Civil Veterinary Dept. Bombay admin report 1900-1906 - 1900-1906
Year: 1900
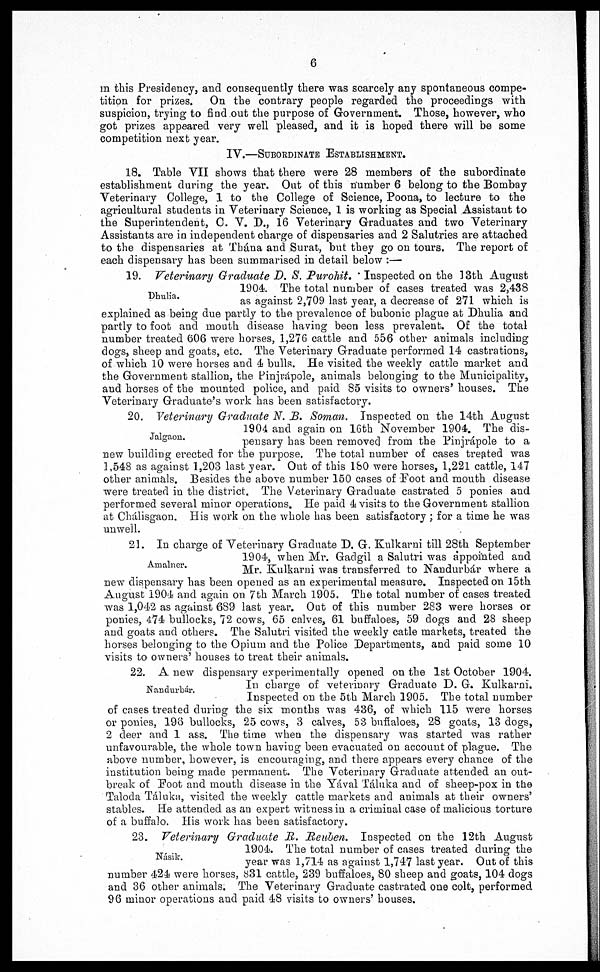
6
in this Presidency, and consequently there was scarcely any spontaneous compe-
tition for prizes. On the contrary people regarded the proceedings with
suspicion, trying to find out the purpose of Government. Those, however, who
got prizes appeared very well pleased, and it is hoped there will be some
competition next year.
IV.—SUBORDINATE
ESTABLISHMENT.
18. Table VII shows that there were 28 members of the subordinate
establishment during the year. Out of this number 6 belong to the Bombay
Veterinary College, 1 to the College of Science, Poona, to lecture to the
agricultural students in Veterinary Science, 1 is working as Special Assistant to
the Superintendent, C. V. D., 16 Veterinary Graduates and two Veterinary
Assistants are in independent charge of dispensaries and 2 Salutries are attached
to the dispensaries at Thána and Surat, but they go on tours. The report of
each dispensary has been summarised in detail below :—
Dhulia.
19. Veterinary Graduate D. S. Purohit. Inspected on the 13th August
1904. The total number of cases treated was 2,438
as against 2,709 last year, a decrease of 271 which is
explained as being due partly to the prevalence of bubonic plague at Dhulia and
partly to foot and mouth disease having been less prevalent. Of the total
number treated 606 were horses, 1,276 cattle and 556 other animals including
dogs, sheep and goats, etc. The Veterinary Graduate performed 14 castrations,
of which. 10 were horses and 4 bulls. He visited the weekly cattle market and
the Government stallion, the Pinjrápole, animals belonging to the Municipality,
and horses of the mounted police, and paid 85 visits to owners' houses. The
Veterinary Graduate's work has been satisfactory.
Jalgaon.
20. Veterinary Graduate N. B. Soman. Inspected on the 14th August
1904 and again on 16th November 1904. The dis-
pensary has been removed from the Pinjrápole to a
new building erected for the purpose. The total number of cases treated was
1,548 as against 1,203 last year. Out of this 180 were horses, 1,221 cattle, 147
other animals. Besides the above number 150 cases of Foot and mouth disease
were treated in the district. The Veterinary Graduate castrated 5 ponies and
performed several minor operations. He paid 4 visits to the Government stallion
at Chálisgaon. His work on the whole has been satisfactory; for a time he was
unwell.
Amalner.
21. In charge of Veterinary Graduate D. G. Kulkarni till 28th September
1904, when Mr. Gadgil a Salutri was appointed and
Mr. Kulkarni was transferred to Nandurbár where a
new dispensary has been opened as an experimental measure. Inspected on 15th
August 1904 and again on 7th March 1905. The total number of cases treated
was 1,042 as against 6S9 last year. Out of this number 283 were horses or
ponies, 474 bullocks, 72 cows, 65 calves, 61 buffaloes, 59 dogs and 28 sheep
and goats and others. The Salutri visited the weekly catle markets, treated the
horses belonging to the Opium and the Police Departments, and paid some 10
visits to owners' houses to treat their animals.
Nandurbár.
22. A new dispensary experimentally opened on the 1st October 1904.
In charge of veterinary Graduate D. G. Kulkarni.
Inspected on the 5th March 1905. The total number
of cases treated during the six months was 436, of which 115 were horses
or ponies, 196 bullocks, 25 cows, 3 calves, 53 buffaloes, 28 goats, 13 dogs,
2 deer and 1 ass. The time when the dispensary was started was rather
unfavourable, the whole town having been evacuated on account of plague. The
above number, however, is encouraging, and there appears every chance of the
institution being made permanent. The Veterinary Graduate attended an out-
break of Foot and mouth disease in the Yával Táluka and of sheep-pox in the
Taloda Táluka, visited the weekly cattle markets and animals at their owners'
stables. He attended as an expert witness in a criminal case of malicious torture
of a buffalo. His work has been satisfactory.
Násik.
23. Veterinary Graduate R. Reuben. Inspected on the 12th August
1904. The total number of cases treated during the
year was 1,714 as against 1,747 last year. Out of this
number 424 were horses, 831 cattle, 239 buffaloes, 80 sheep and goats, 104 dogs
and 36 other animals. The Veterinary Graduate castrated one colt, performed
96 minor operations and paid 48 visits to owners' houses.